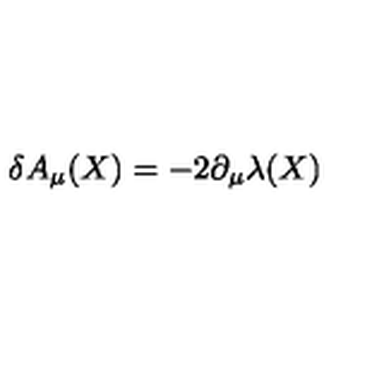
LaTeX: \delta A _ { \mu } ( X ) = - 2 \partial _ { \mu } \lambda ( X )